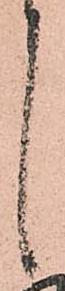
候